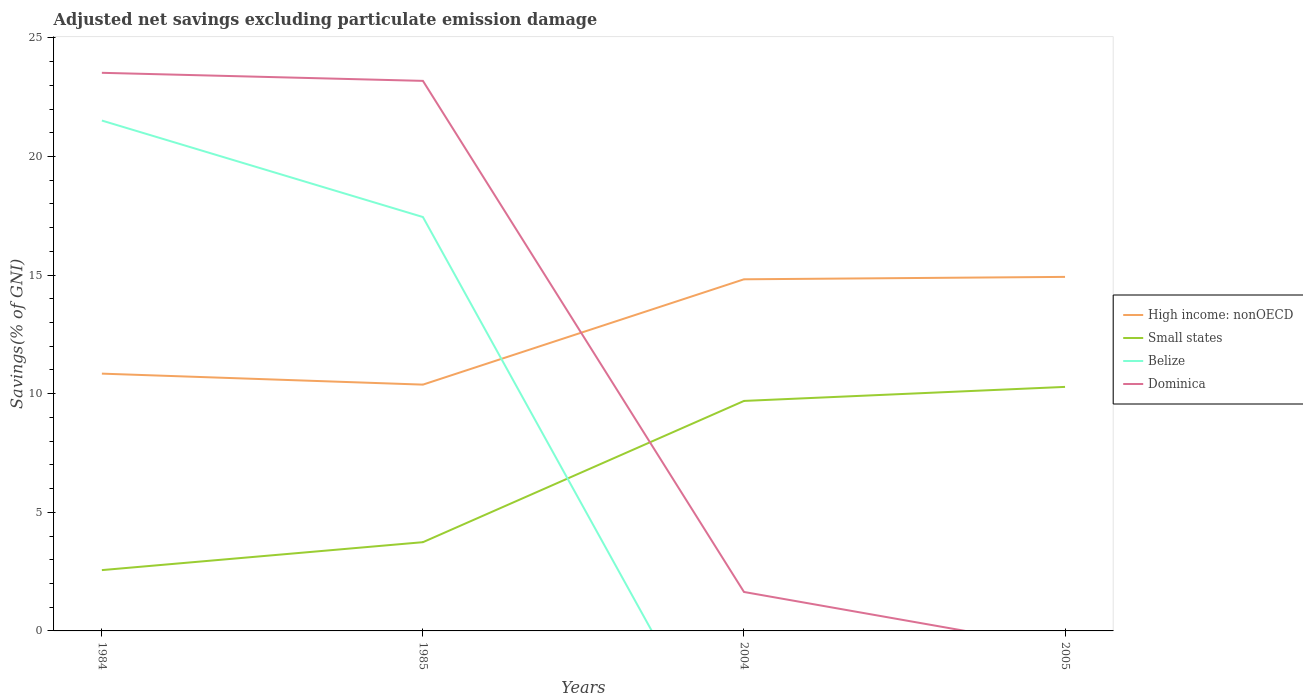
| Years | High income: nonOECD | Small states | Belize | Dominica |
 | --- | --- | --- | --- | --- |
 | 1984 | 10.8 | 2.56 | 21.5 | 23.5 |
 | 1985 | 10.4 | 3.74 | 17.4 | 23.2 |
 | 2004 | 14.8 | 9.7 | -7.03 | 1.64 |
 | 2005 | 14.9 | 10.3 | -4.17 | -0.741 |